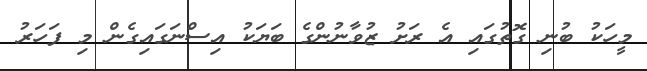
މީހަކު ބުނި ގޮތުގައި އެ ރަށު ޒުވާނުންގެ ބަޔަކު އިސްނަގައިގެން މި ފަހަރު